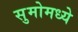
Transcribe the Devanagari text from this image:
सुमोमध्ये